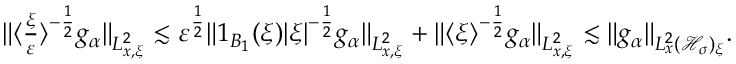
\begin{array} { r } { \| \langle \frac { \xi } { \varepsilon } \rangle ^ { - \frac { 1 } { 2 } } g _ { \alpha } \| _ { L _ { x , \xi } ^ { 2 } } \lesssim \varepsilon ^ { \frac { 1 } { 2 } } \| 1 _ { B _ { 1 } } ( \xi ) | \xi | ^ { - \frac { 1 } { 2 } } g _ { \alpha } \| _ { L _ { x , \xi } ^ { 2 } } + \| \langle \xi \rangle ^ { - \frac { 1 } { 2 } } g _ { \alpha } \| _ { L _ { x , \xi } ^ { 2 } } \lesssim \| g _ { \alpha } \| _ { L _ { x } ^ { 2 } ( \mathcal H _ { \sigma } ) _ { \xi } } . } \end{array}